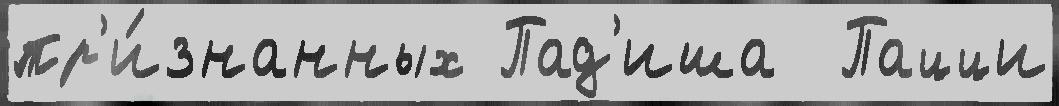
пр'и́знанных Пад'иша  Пацци